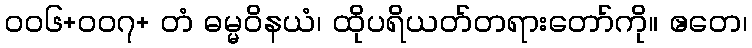
၀၀၆+၀၀၇+ တံ ဓမ္မဝိနယံ၊ ထိုပရိယတ်တရားတော်ကို။ ဧတေ၊